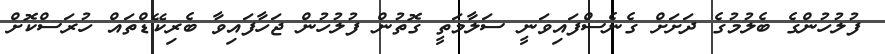
ފުލުހުންގެ ބެލުމުގެ ދަށަށް ގެނެސްފައިވަނީ ސަލާމަތީ ގޮތުން ފުލުހުން ޖަހާފައިވާ ބެރިކޭޑްތައް ހުރަސްކޮށް